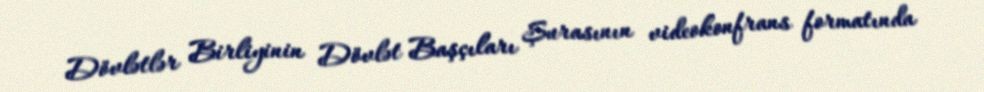
Dövlətlər Birliyinin Dövlət Başçıları Şurasının videokonfrans formatında